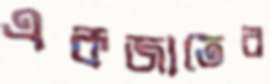
একজাতের